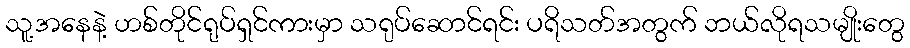
သူ့အနေနဲ့ ဟစ်တိုင်ရုပ်ရှင်ကားမှာ သရုပ်ဆောင်ရင်း ပရိသတ်အတွက် ဘယ်လိုရသမျိုးတွေ